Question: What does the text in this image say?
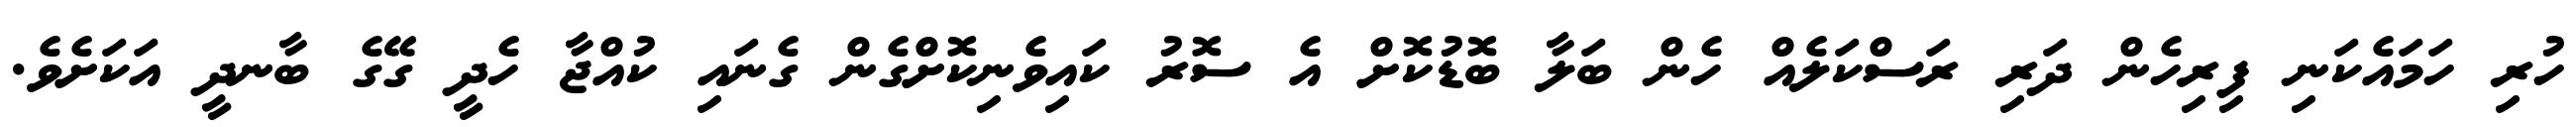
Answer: ހުރި ހަމައެކަނި ފިރިހެން ދަރި ރަސްކަލެއް ހެން ބަލާ ބޮޑުކޮށް އެ ސޮރު ކައިވެނިކޮށްގެން ގެނައި ކުއްޖާ ހެދީ ގޭގެ ބާނދީ އަކަށެވެ.